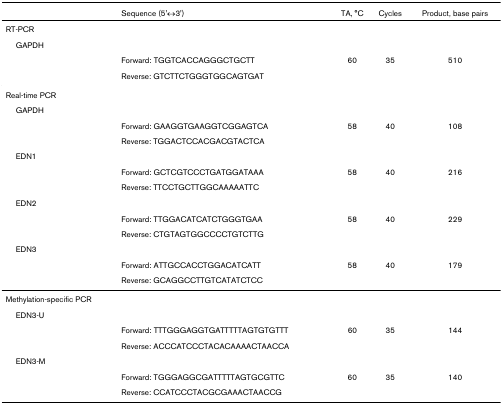
<table><thead><tr><td></td><td><b>Sequence (5&#x27;↔3&#x27;)</b></td><td><b>TA, °C</b></td><td><b>Cycles</b></td><td><b>Product, base pairs</b></td></tr></thead><tbody><tr><td>RT-PCR</td><td></td><td></td><td></td><td></td></tr><tr><td> GAPDH</td><td></td><td></td><td></td><td></td></tr><tr><td></td><td>Forward: TGGTCACCAGGGCTGCTT</td><td>60</td><td>35</td><td>510</td></tr><tr><td></td><td>Reverse: GTCTTCTGGGTGGCAGTGAT</td><td></td><td></td><td></td></tr><tr><td>Real-time PCR</td><td></td><td></td><td></td><td></td></tr><tr><td> GAPDH</td><td></td><td></td><td></td><td></td></tr><tr><td></td><td>Forward: GAAGGTGAAGGTCGGAGTCA</td><td>58</td><td>40</td><td>108</td></tr><tr><td></td><td>Reverse: TGGACTCCACGACGTACTCA</td><td></td><td></td><td></td></tr><tr><td> EDN1</td><td></td><td></td><td></td><td></td></tr><tr><td></td><td>Forward: GCTCGTCCCTGATGGATAAA</td><td>58</td><td>40</td><td>216</td></tr><tr><td></td><td>Reverse: TTCCTGCTTGGCAAAAATTC</td><td></td><td></td><td></td></tr><tr><td> EDN2</td><td></td><td></td><td></td><td></td></tr><tr><td></td><td>Forward: TTGGACATCATCTGGGTGAA</td><td>58</td><td>40</td><td>229</td></tr><tr><td></td><td>Reverse: CTGTAGTGGCCCCTGTCTTG</td><td></td><td></td><td></td></tr><tr><td> EDN3</td><td></td><td></td><td></td><td></td></tr><tr><td></td><td>Forward: ATTGCCACCTGGACATCATT</td><td>58</td><td>40</td><td>179</td></tr><tr><td></td><td>Reverse: GCAGGCCTTGTCATATCTCC</td><td></td><td></td><td></td></tr><tr><td>Methylation-specific PCR</td><td></td><td></td><td></td><td></td></tr><tr><td> EDN3-U</td><td></td><td></td><td></td><td></td></tr><tr><td></td><td>Forward: TTTGGGAGGTGATTTTTAGTGTGTTT</td><td>60</td><td>35</td><td>144</td></tr><tr><td></td><td>Reverse: ACCCATCCCTACACAAAACTAACCA</td><td></td><td></td><td></td></tr><tr><td> EDN3-M</td><td></td><td></td><td></td><td></td></tr><tr><td></td><td>Forward: TGGGAGGCGATTTTTAGTGCGTTC</td><td>60</td><td>35</td><td>140</td></tr><tr><td></td><td>Reverse: CCATCCCTACGCGAAACTAACCG</td><td></td><td></td><td></td></tr></tbody></table>